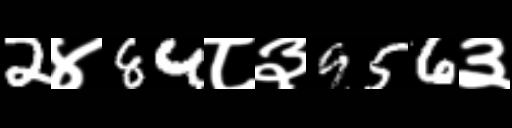
Text: 2४84८३956३